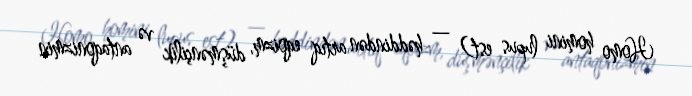
Homo homini lupus est) — həddindən artıq eqoizm, düşmənçilik və antaqonizmin